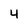
Character: 4